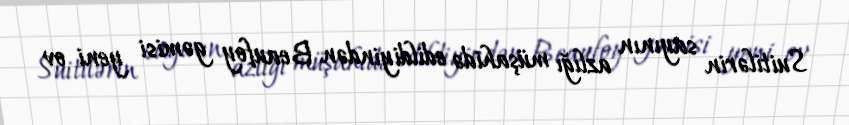
Suitilərin sayının azlığı müşahidə edildiyindən Beaufoy gəmisi yeni ov